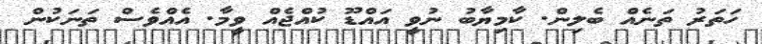
ހަތަރު ތަނެއް ބެލިން. ކާމިޔާބު ނުވީ އައްޑޫ ކުއްޖެއް ވީމާ. އެއްވެސް ތަނަކުން